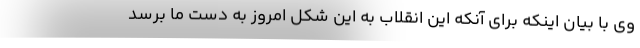
وی با بیان اینکه برای آنکه این انقلاب به این شکل امروز به دست ما برسد